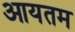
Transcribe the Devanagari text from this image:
आयतम